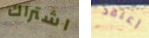
اشتراك أعتقد